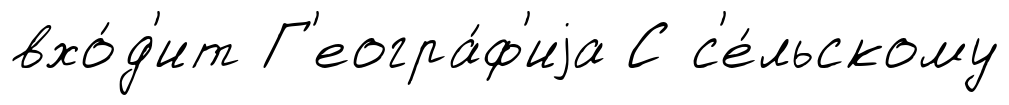
вхо́д'ит Г'еогра́ф'иjа С с'е́льскому